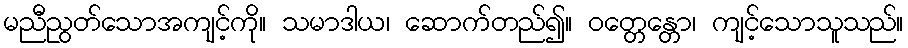
မညီညွတ်သောအကျင့်ကို။ သမာဒါယ၊ ဆောက်တည်၍။ ဝတ္တေန္တော၊ ကျင့်သောသူသည်။